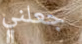
جعلني